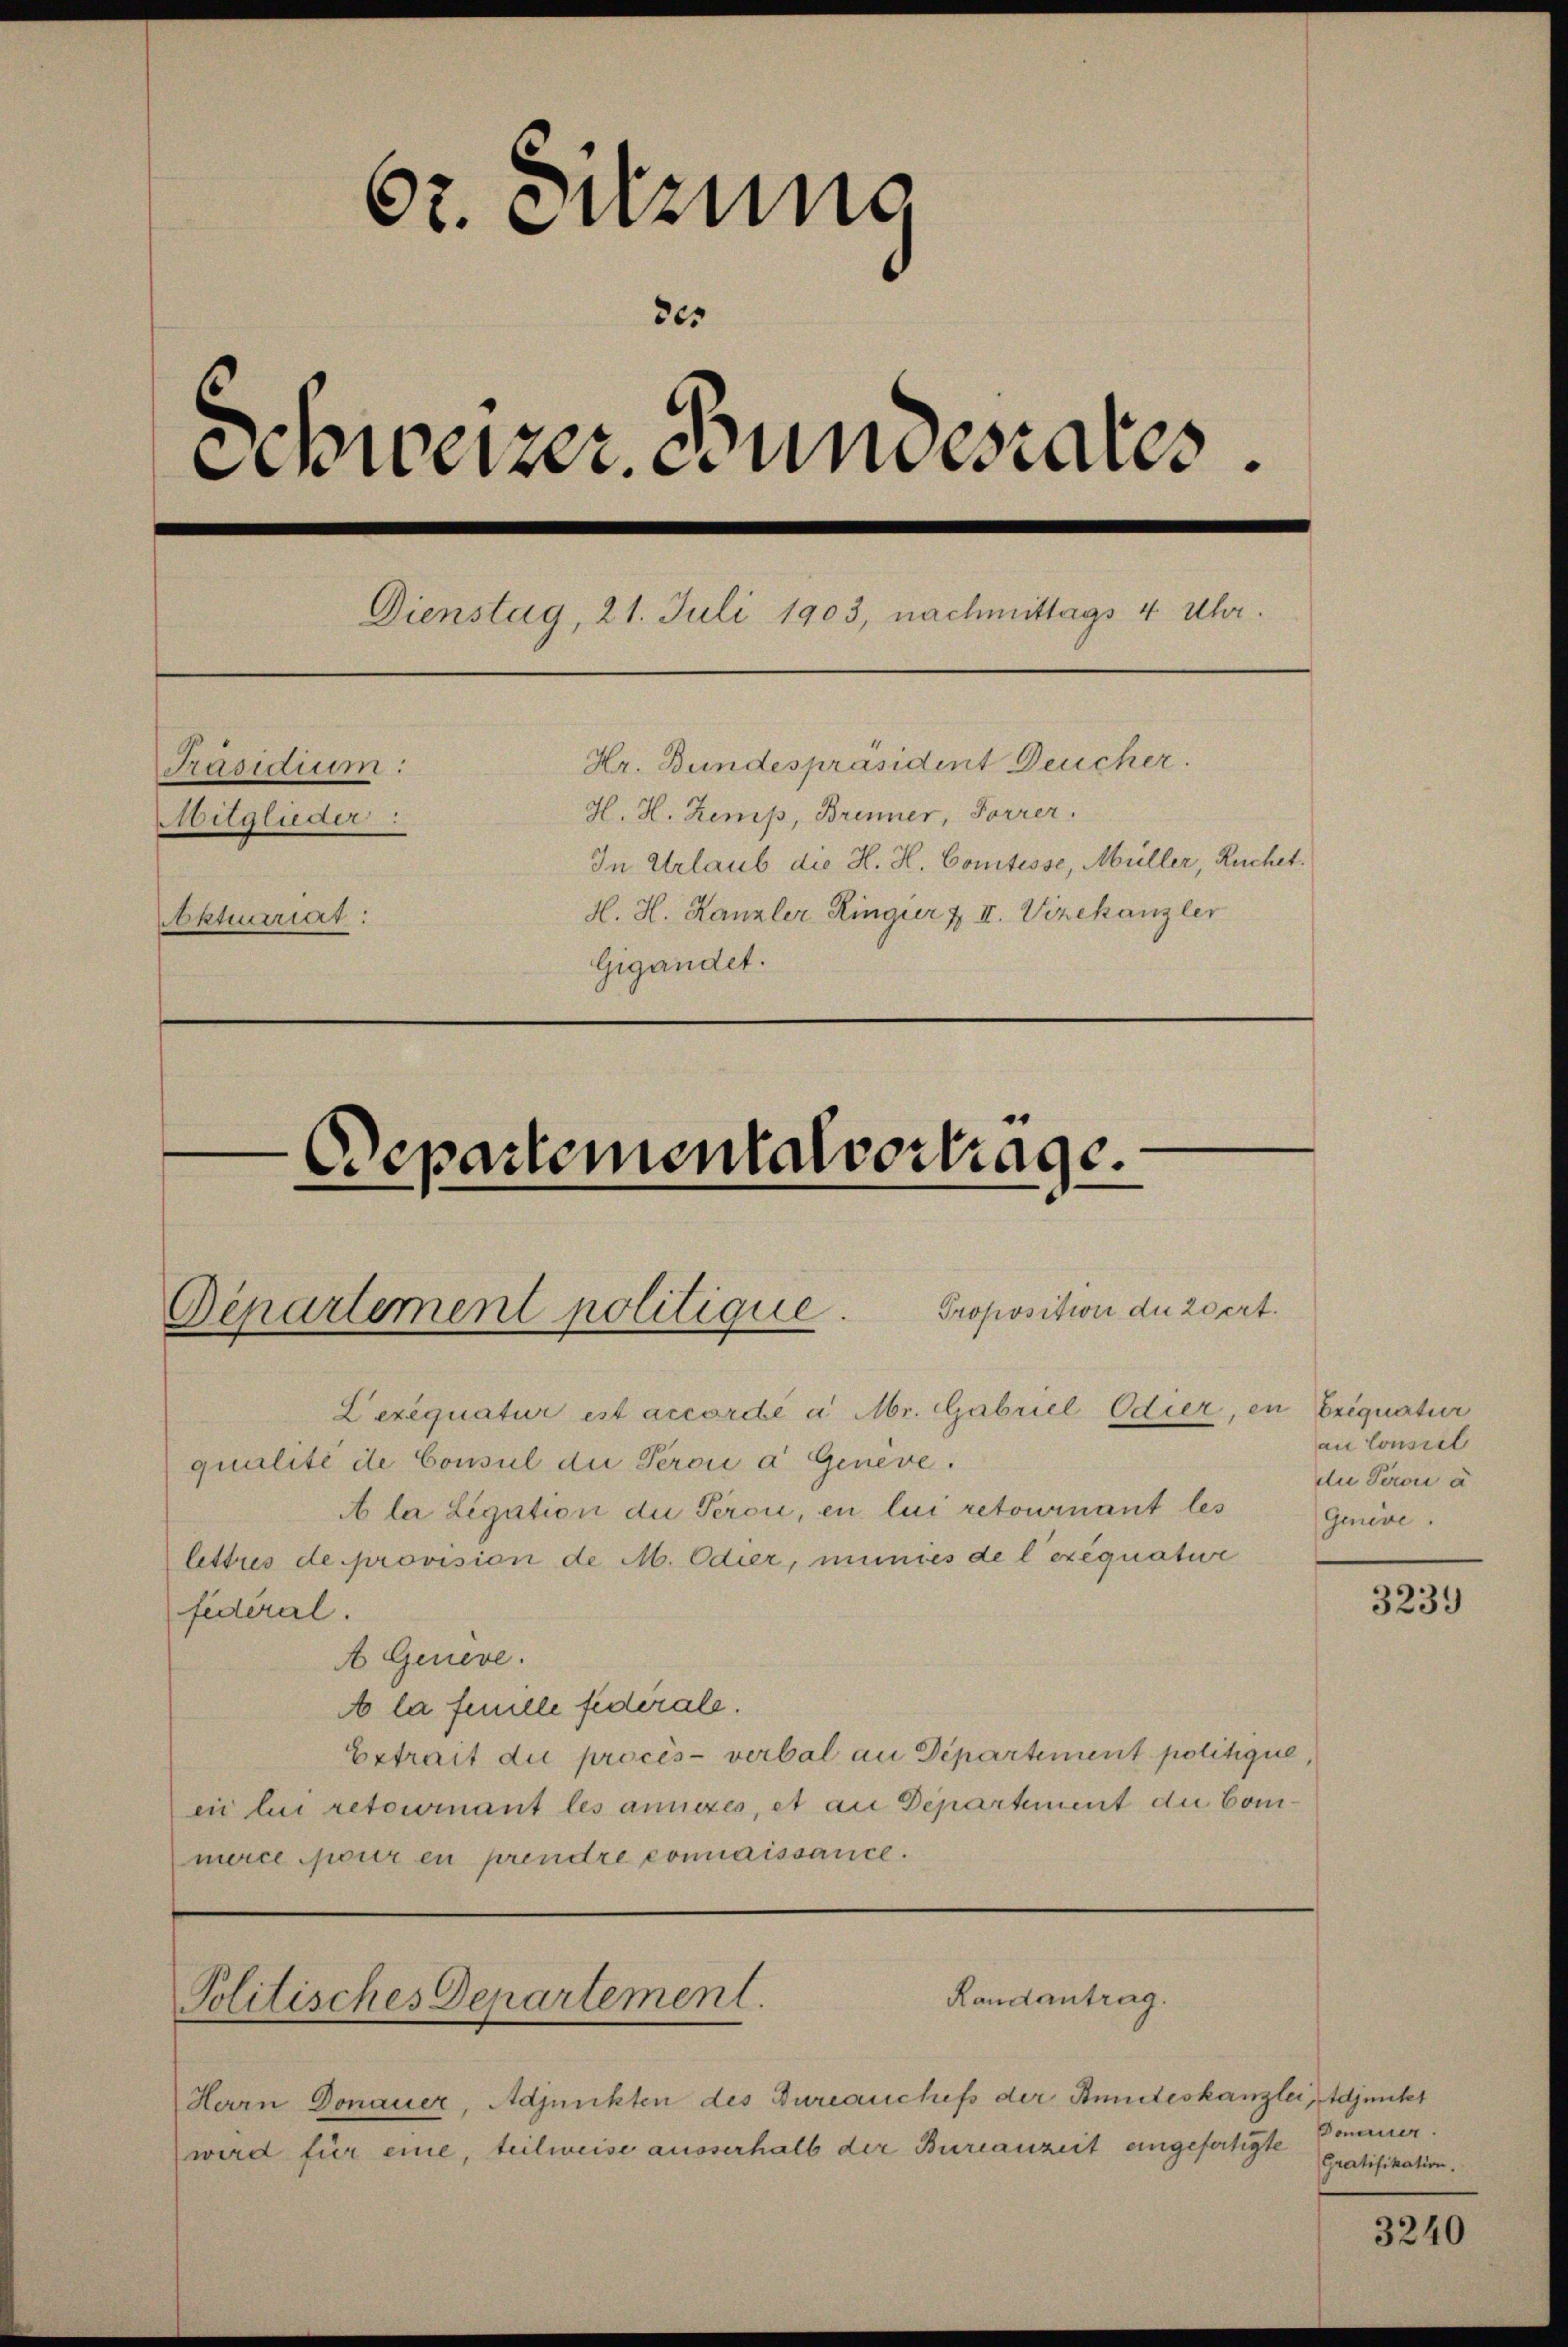
br. Sitzung
205
Schweizer wundesrates.
Dienstag, 21. Juli 1903, nachmittags 4 Uhr.
Hr. Bundespräsident Deucher.
Präsidium:
H. H. Kemp, Brenner, Forrer.
Mitglieder:
In Urlaub die H. H. Comtesse, Müller, Ruchet.
H. H. Kanzler Ringier & II. Vizekanzler
Aktuariat:
Gigandet.
.
Departementalvertrage.

Bepartement politique. Proposition du zert.

Lexequatur est accordé à Mr. Gabriel Odier, in Exequatier
qualité de Consul die Pero a Genève.
A la Ligation die Perci, en lui retournant les
lettres de provision de M. Odier, munies de l’exequatur
federal.
A Geneve.
A la feuille federale.
Extrait die procès-verbal an Departement politique,
ei lui retournant les anzes, et an Departement die Commerce pour en prendre connaissance.

Randantrag.
Politisches Departement.

Herrn Donauer, Adjunkten des Bureauchefs der Stundeskanzlei, Adjunkt
wird für eine, teilweise ausserhalb der Bureauzeit eingefertigte

au Consil
de Peron a
Geneve.

3239

Donauer
Gratifikation.

3240